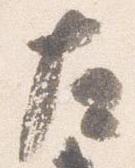
左